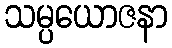
သမ္ပယောဇနာ